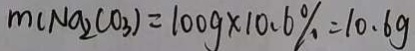
m ( N a _ { 2 } C O _ { 3 } ) = 1 0 0 g \times 1 0 . 6 \% = 1 0 . 6 g